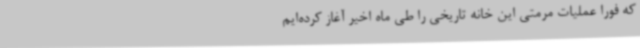
که فورا عملیات مرمتی این خانه تاریخی را طی ماه اخیر آغاز کرده‌ایم